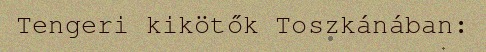
Tengeri kikötők Toszkánában: